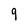
Character: 9